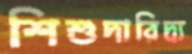
শিশুদারিদ্র্য